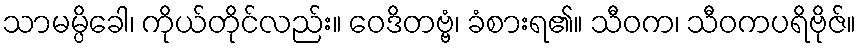
သာမမ္ပိခေါ၊ ကိုယ်တိုင်လည်း။ ဝေဒိတဗ္ဗံ၊ ခံစားရ၏။ သီဝက၊ သီဝကပရိဗိုဇ်။